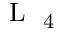
\mathrm { ~ L ~ } _ { \mathrm { ~ 4 ~ } }